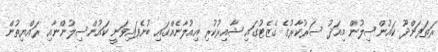
ރަތަފަންދޫ ކައުންސިލުން މިއަދު ސަރުކާރުގެ ގެޒެޓުގައި ޝާއިރުކުރި އިއުލާނެއްގައި ބުނެފައިވަނީ ކައުންސިލުންނާއި ރައްޔިތުން